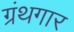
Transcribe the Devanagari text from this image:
ग्रंथगार